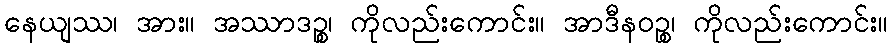
နေယျဿ၊ အား။ အဿာဒဉ္စ၊ ကိုလည်းကောင်း။ အာဒီနဝဉ္စ၊ ကိုလည်းကောင်း။